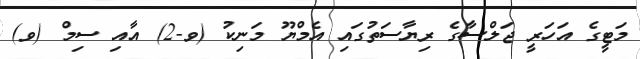
މަޓީގެ އަހަރީ ޖަލްސާގެ ރިޔާސަތުގައި އެމްޔޫ މަނިކު (ވ-2) އާއި ސިމް (ވ)